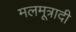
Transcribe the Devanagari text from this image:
मलमूत्रादी